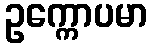
ဥက္ကောပမာ